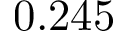
0 . 2 4 5